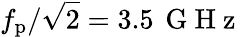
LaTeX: f_{\mathrm{p}}/\sqrt{2}=3.5\, \mathrm{~G~H~z~}